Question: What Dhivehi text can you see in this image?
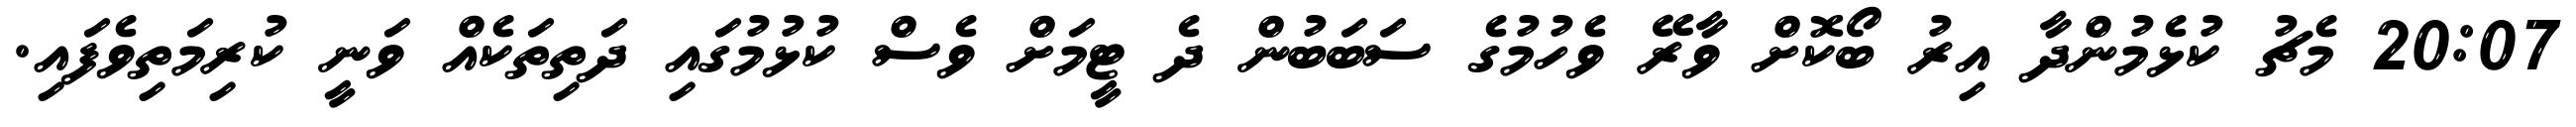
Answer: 20:07 މެޗު ކުޅެމުންދާ އިރު ބޯކޮށް ވާރޭ ވެހުމުގެ ސަބަބުން ދެ ޓީމަށް ވެސް ކުޅުމުގައި ދަތިތަކެއް ވަނީ ކުރިމަތިވެފައި.